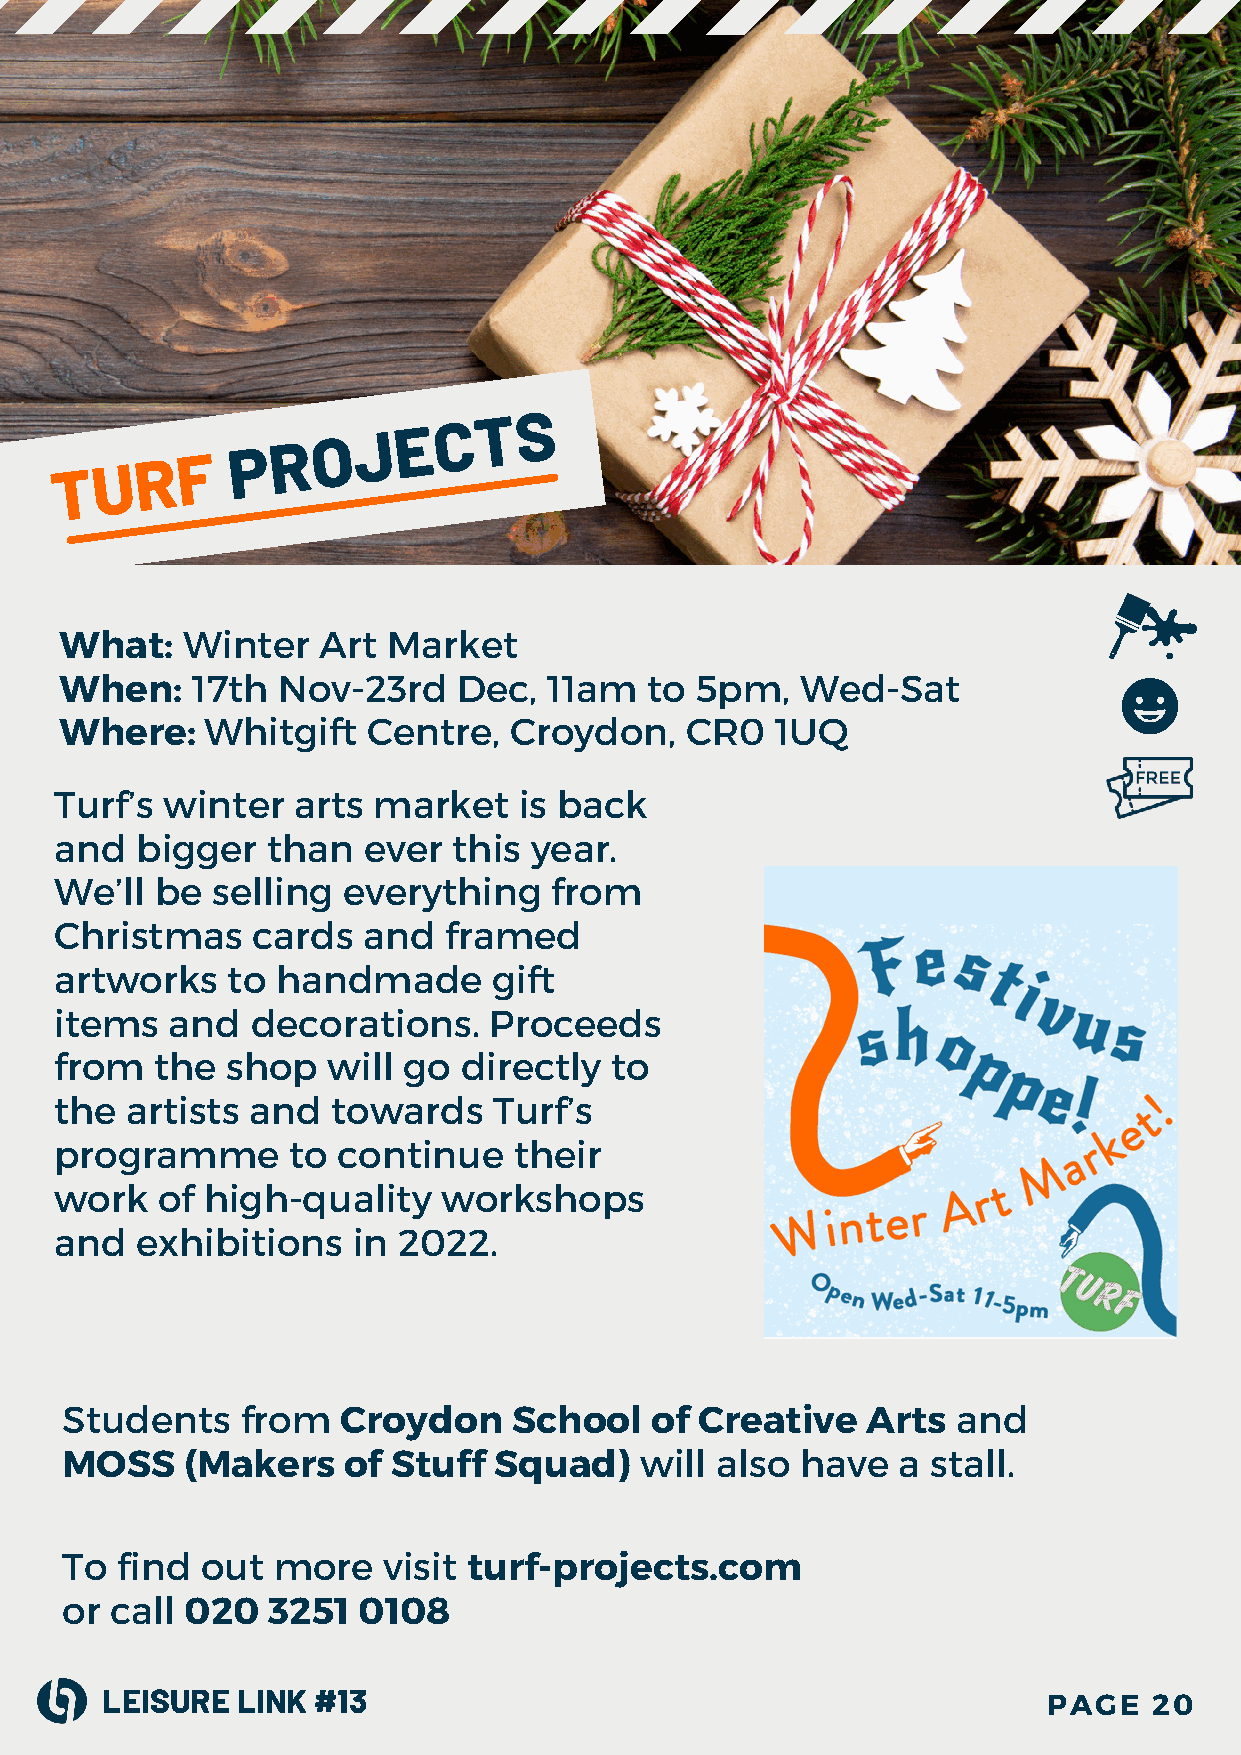
T U  R  F
 P  R  O  J E  C  T S
 What:   Winter   Art  Market
 When:    17th Nov-23rd    Dec,  11am   to 5pm,   Wed-Sat
 Where:    Whitgift  Centre,   Croydon,   CR0   1UQ
 Turf’s winter  arts  market   is back
 and  bigger   than  ever  this year.
 We’ll be  selling  everything   from
 Christmas    cards  and  framed
 artworks   to handmade       gift
 items  and   decorations.   Proceeds
 from  the  shop   will go directly  to
 the artists and   towards    Turf’s
 programme      to continue    their
 work  of high-quality    workshops
 and  exhibitions   in 2022.
 Students    from   Croydon    School   of Creative   Arts  and
 MOSS    (Makers    of Stuff  Squad)   will also  have  a  stall.
 To  find out  more   visit turf-projects.com
 or call 020   3251  0108
 LEISURE  LINK #13                                             PAGE   20